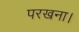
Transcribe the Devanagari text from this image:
परखना।